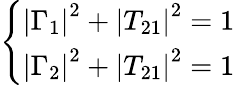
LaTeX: \left\{ \begin{array}{l}{\left|\Gamma_{1}\right|^{2}+\left|T_{21}\right|^{2}=1}\\ {\left|\Gamma_{2}\right|^{2}+\left|T_{21}\right|^{2}=1}\end{array}\right.